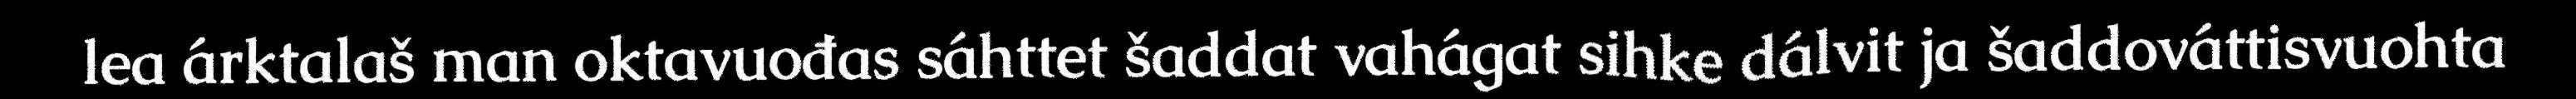
lea árktalaš man oktavuođas sáhttet šaddat vahágat sihke dálvit ja šaddováttisvuohta